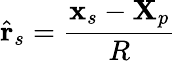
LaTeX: \hat{\mathbf{r}}_{s}=\frac{\mathbf{x}_{s}-\mathbf{X}_{p}}{R}